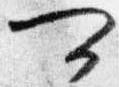
可